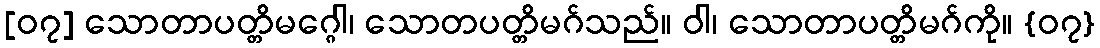
[၀၇] သောတာပတ္တိမဂ္ဂေါ၊ သောတပတ္တိမဂ်သည်။ ဝါ၊ သောတာပတ္တိမဂ်ကို။ {၀၇}